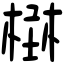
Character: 𣕑